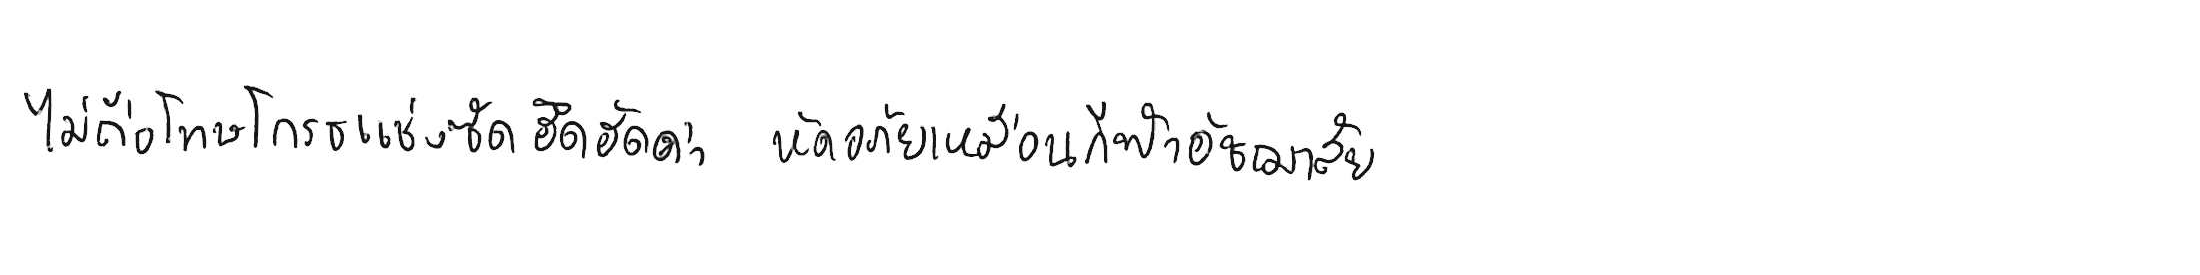
ไม่ถือโทษโกรธแช่งซัดฮึดฮัดด่า หัดอภัยเหมือนกีฬาอัชฌาสัย